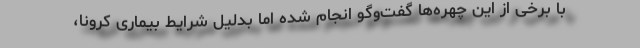
با برخی از این چهره‌ها گفت‌وگو انجام شده اما بدلیل شرایط بیماری کرونا،